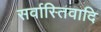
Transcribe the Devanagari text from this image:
सर्वास्तिवादि